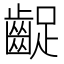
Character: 齪